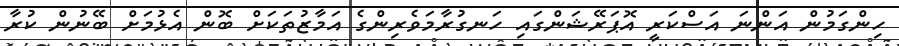
ހިންގަމުން އަންނަ އަސްކަރީ އޮޕަރޭޝަންގައި ހަނގުރާމަވެރިންގެ އަމާޒުތަކަށް ބޮން އެޅުމަށް ބޭނުން ކުރާ